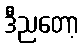
ဒီညတော့